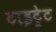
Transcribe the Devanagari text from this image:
टाइट्रेट